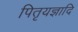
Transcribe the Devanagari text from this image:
पितृयज्ञादि